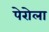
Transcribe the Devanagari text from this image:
पेरोला